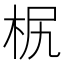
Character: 𣐊